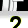
Digit: 2